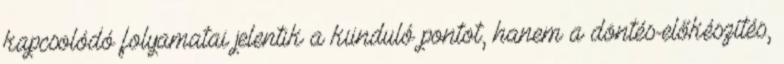
kapcsolódó folyamatai jelentik a kiinduló pontot, hanem a döntés-előkészítés,